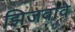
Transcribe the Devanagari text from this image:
झिजवावे